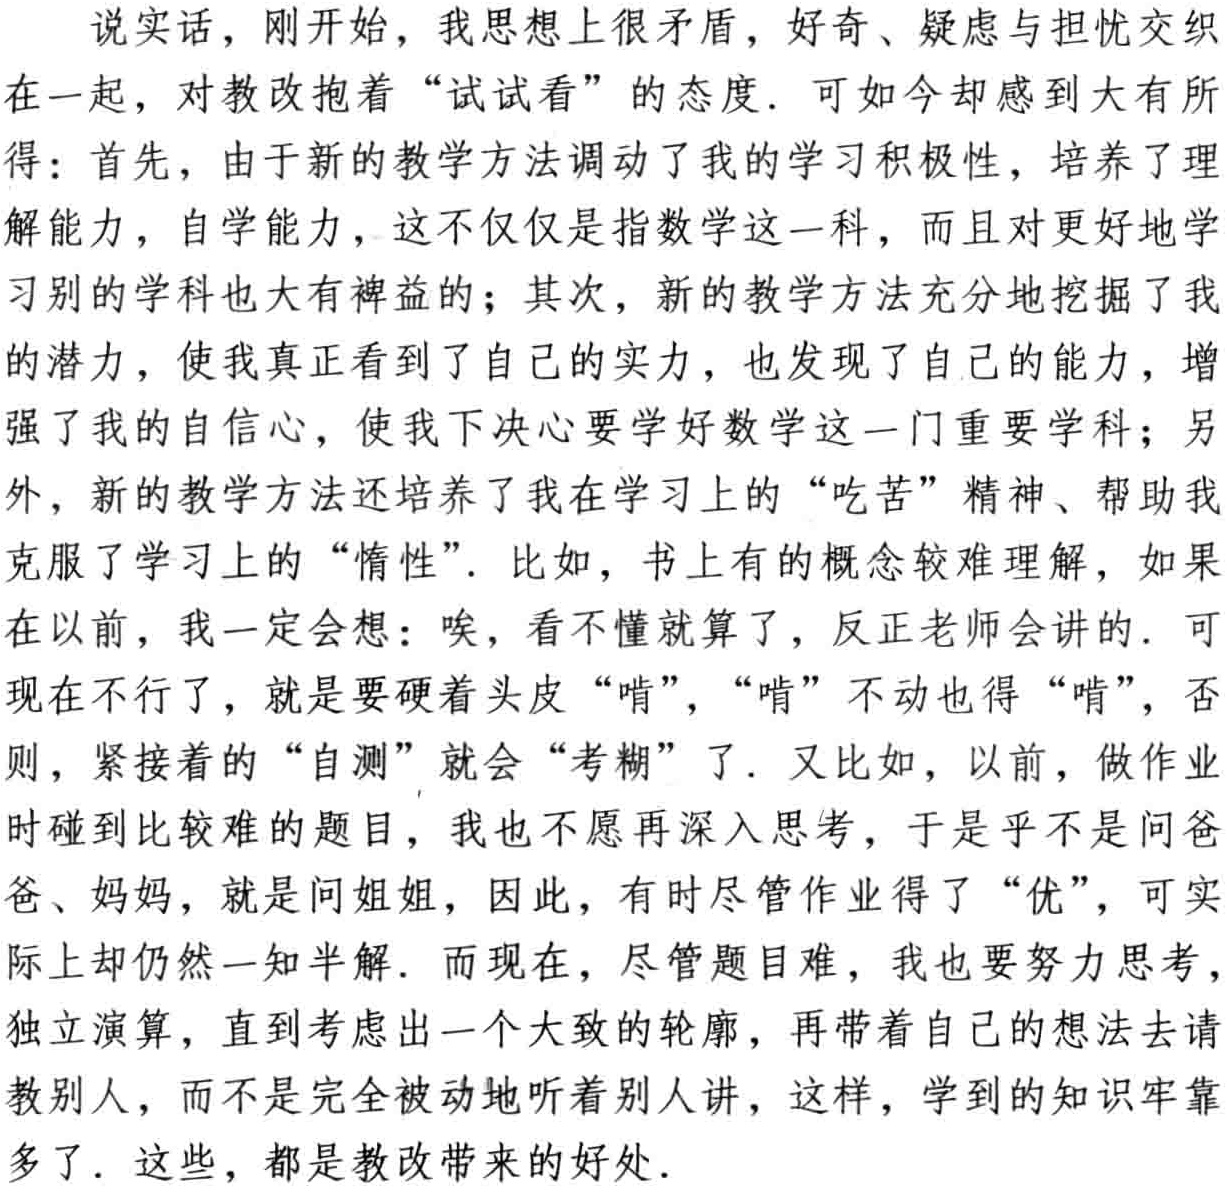
说实话，刚开始，我思想上很矛盾，好奇、疑虑与担忧交织在一起，对教改抱着“试试看”的态度. 可如今却感到大有所得：首先，由于新的教学方法调动了我的学习积极性，培养了理解能力，自学能力，这不仅仅是指数学这一科，而且对更好地学习别的学科也大有裨益的；其次，新的教学方法充分地挖掘了我的潜力，使我真正看到了自己的实力，也发现了自己的能力，增强了我的自信心，使我下决心要学好数学这一门重要学科；另外，新的教学方法还培养了我在学习上的“吃苦”精神、帮助我克服了学习上的“惰性”. 比如，书上有的概念较难理解，如果在以前，我一定会想：唉，看不懂就算了，反正老师会讲的. 可现在不行了，就是要硬着头皮“啃”，“啃”不动也得“啃”，否则，紧接着的“自测”就会“考糊”了. 又比如，以前，做作业时碰到比较难的题目，我也不愿再深入思考，于是乎不是问爸爸、妈妈，就是问姐姐，因此，有时尽管作业得了“优”，可实际上却仍然一知半解. 而现在，尽管题目难，我也要努力思考，独立演算，直到考虑出一个大致的轮廓，再带着自己的想法去请教别人，而不是完全被动地听着别人讲，这样，学到的知识牢靠多了. 这些，都是教改带来的好处.